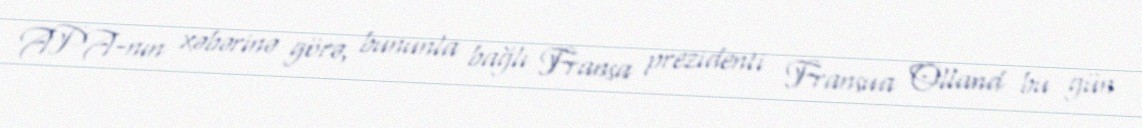
APA-nın xəbərinə görə, bununla bağlı Fransa prezidenti Fransua Olland bu gün